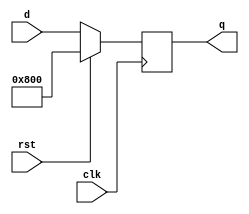
module dff_instr(clk, rst, q, d);

    input clk;
    input rst;
    input [15:0] d;
    output reg [15:0] q;

    always @(posedge clk) begin
        if (rst)
            q <= 16'h0800;
        else
            q <= d;
    end

endmodule